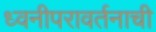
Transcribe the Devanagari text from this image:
ध्वनीपरावर्तनाची